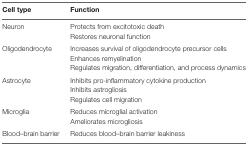
<table><thead><tr><td><b>Cell type</b></td><td><b>Function</b></td></tr></thead><tbody><tr><td rowspan="2">Neuron</td><td>Protects from excitotoxic death</td></tr><tr><td>Restores neuronal function</td></tr><tr><td rowspan="3">Oligodendrocyte</td><td>Increases survival of oligodendrocyte precursor cells</td></tr><tr><td>Enhances remyelination</td></tr><tr><td>Regulates migration, differentiation, and process dynamics</td></tr><tr><td rowspan="3">Astrocyte</td><td>Inhibits pro-inflammatory cytokine production</td></tr><tr><td>Inhibits astrogliosis</td></tr><tr><td>Regulates cell migration</td></tr><tr><td rowspan="2">Microglia</td><td>Reduces microglial activation</td></tr><tr><td>Ameliorates microgliosis</td></tr><tr><td>Blood–brain barrier</td><td>Reduces blood–brain barrier leakiness</td></tr></tbody></table>